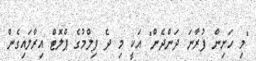
"މި ހަށިން ފުރާނަ ދަންދެން" އަކީ މި ދެ ފިލްމުގެ ޕްލޮޓް އިރާލައިގެން